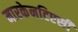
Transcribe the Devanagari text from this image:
मारकेनटिएसी